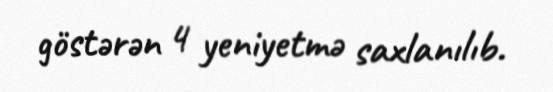
göstərən 4 yeniyetmə saxlanılıb.